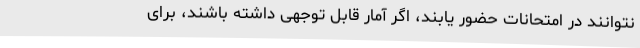
نتوانند در امتحانات حضور یابند، اگر آمار قابل توجهی داشته باشند، برای